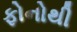
ફોનોથી